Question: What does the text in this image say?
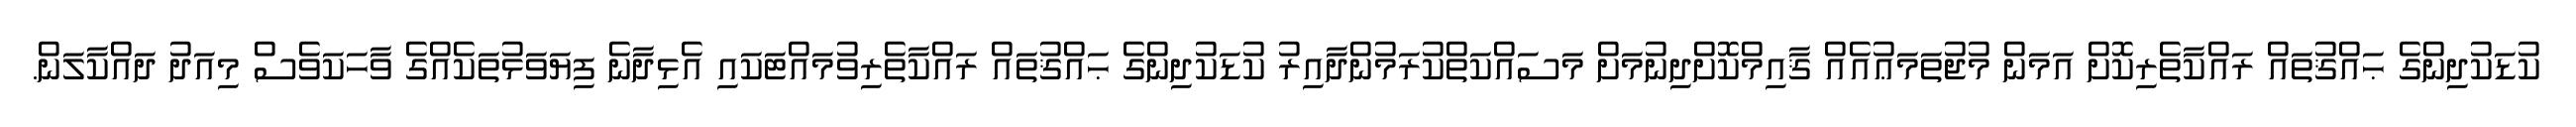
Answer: ކުޑަކުދިންގެ ޙައްޤުތައް ރައްކާތެރިކޮށް އަމަން މުޖުތަމަޢުއެއް ޤާއިމްކޮށްދިނުމަށް މަސައްކަތްކުރަމުންދާއިރު ކުޑަކުދިންގެ ޙައްޤުތައް ރައްކާތެރިވުމައްޓަކައި އެޅިދާނެ ފިޔަވަޅުތަކެއްގެ ވާހަކަވެސް މިއަދު ދައްކާލަން.